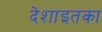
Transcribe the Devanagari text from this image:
देशाइतका